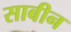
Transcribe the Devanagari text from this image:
साबीन